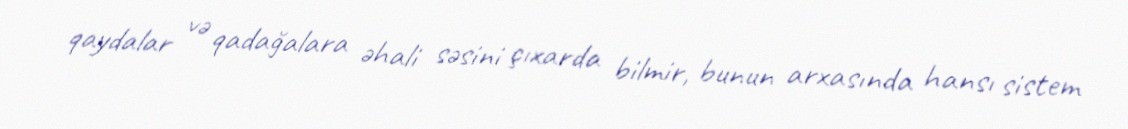
qaydalar və qadağalara əhali səsini çıxarda bilmir, bunun arxasında hansı sistem